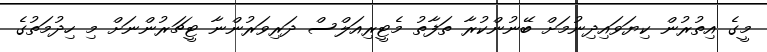
މީގެ އިތުރުން ކިޔަވައިދިނުމަށް ބޭނުންކުރާ ތަފާތު މެޓީރިއަލްސް ދަރިވަރުންނާ ޓީޗަރުންނަށް މި ހިދުމަތުގެ